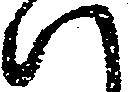
ハ